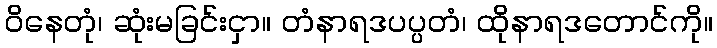
ဝိနေတုံ၊ ဆုံးမခြင်းငှာ။ တံနာရဒပပ္ပတံ၊ ထိုနာရဒတောင်ကို။